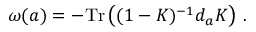
\omega ( a ) = - \mathrm { T r } \left( ( 1 - K ) ^ { - 1 } d _ { a } K \right) \, .